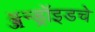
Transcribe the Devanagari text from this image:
ॲन्ड्रॉइडचे